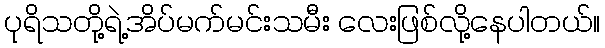
ပုရိသတို့ရဲ့အိပ်မက်မင်းသမီး လေးဖြစ်လို့နေပါတယ်။